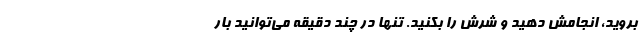
بروید، انجامش دهید و شرش را بکنید. تنها در چند دقیقه می‌توانید بار